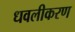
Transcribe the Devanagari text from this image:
धवलीकरण